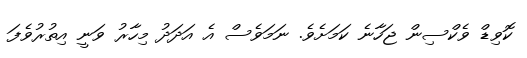
ކޮވިޑް ވެކްސިން ޖަހާނެ ކަމަށެވެ. ނަމަވެސް އެ އަދަދު މިހާރު ވަނީ އިތުރުވެފަ